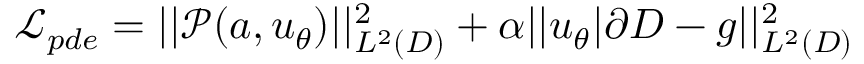
\mathcal { L } _ { p d e } = | | \mathcal { P } ( a , u _ { \theta } ) | | _ { L ^ { 2 } ( D ) } ^ { 2 } + \alpha | | u _ { \theta } | \partial D - g | | _ { L ^ { 2 } ( D ) } ^ { 2 }